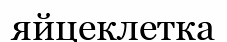
яйцеклетка